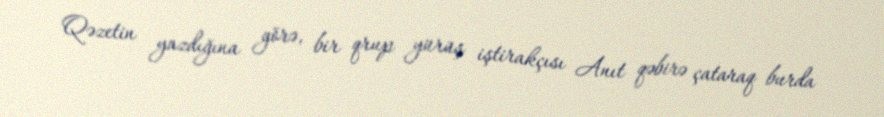
Qəzetin yazdığına görə, bir qrup yürüş iştirakçısı Anıt qəbirə çataraq burda